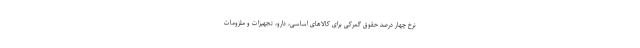
نرخ چهار درصد حقوق گمرکی برای کالاهای اساسی، دارو، تجهیزات و ملزومات